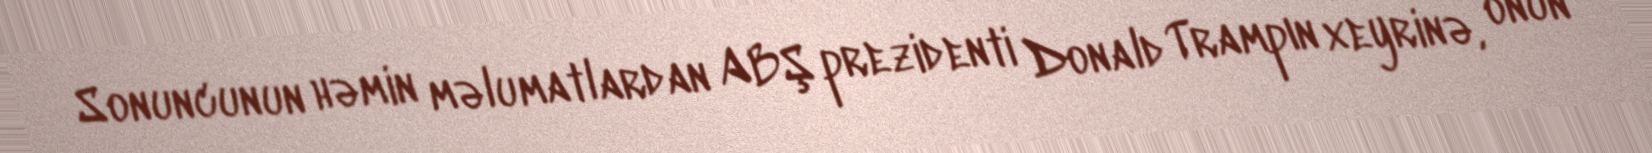
Sonuncunun həmin məlumatlardan ABŞ prezidenti Donald Trampın xeyrinə, onun